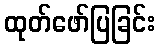
ထုတ်ဖော်ပြခြင်း